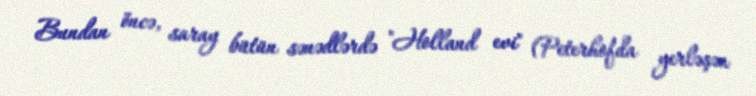
Bundan öncə, saray bütün sənədlərdə "Holland evi" (Peterhofda yerləşən